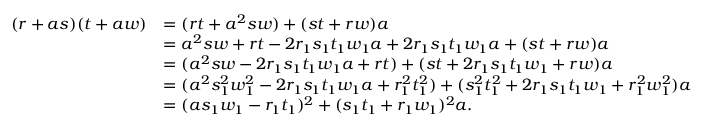
\begin{array} { r l } { ( r + a s ) ( t + a w ) } & { = ( r t + a ^ { 2 } s w ) + ( s t + r w ) a } \\ & { = a ^ { 2 } s w + r t - 2 r _ { 1 } s _ { 1 } t _ { 1 } w _ { 1 } a + 2 r _ { 1 } s _ { 1 } t _ { 1 } w _ { 1 } a + ( s t + r w ) a } \\ & { = ( a ^ { 2 } s w - 2 r _ { 1 } s _ { 1 } t _ { 1 } w _ { 1 } a + r t ) + ( s t + 2 r _ { 1 } s _ { 1 } t _ { 1 } w _ { 1 } + r w ) a } \\ & { = ( a ^ { 2 } s _ { 1 } ^ { 2 } w _ { 1 } ^ { 2 } - 2 r _ { 1 } s _ { 1 } t _ { 1 } w _ { 1 } a + r _ { 1 } ^ { 2 } t _ { 1 } ^ { 2 } ) + ( s _ { 1 } ^ { 2 } t _ { 1 } ^ { 2 } + 2 r _ { 1 } s _ { 1 } t _ { 1 } w _ { 1 } + r _ { 1 } ^ { 2 } w _ { 1 } ^ { 2 } ) a } \\ & { = ( a s _ { 1 } w _ { 1 } - r _ { 1 } t _ { 1 } ) ^ { 2 } + ( s _ { 1 } t _ { 1 } + r _ { 1 } w _ { 1 } ) ^ { 2 } a . } \end{array}